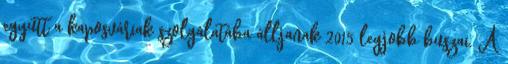
együtt a kaposváriak szolgálatába álljanak 2015 legjobb buszai. A